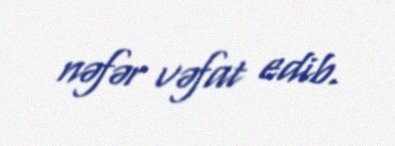
nəfər vəfat edib.